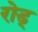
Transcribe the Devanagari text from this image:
रोड्